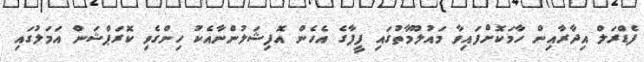
ފެޑްރަލް އިދާރާއިން ހާމަކޮށްފައިވާ މައުލޫމާތުގައި ފީފާގެ އެހެން އޮފިޝަލުންނާއެކު ހިންގެވި ކޮރަޕްޝަން އަމަލުގައި